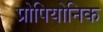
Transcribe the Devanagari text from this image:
प्रोपियोनिक